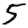
Digit: 5